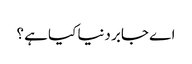
اے جابر دنیا کیا ہے ؟